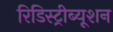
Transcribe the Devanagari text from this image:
रिडिस्ट्रीब्यूशन